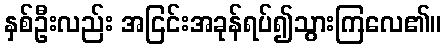
နှစ်ဦးလည်း အငြင်းအခုန်ရပ်၍သွားကြလေ၏။